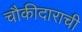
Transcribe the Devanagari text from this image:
चौकीदाराची